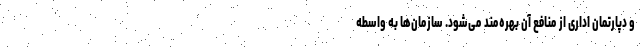
و دپارتمان اداری از منافع آن بهره‌مند می‌شود. سازمان‌ها به واسطه